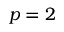
p = 2